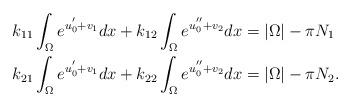
LaTeX: \begin{align*}k_{11}\int_{\Omega}{e^{u_0^{'}+v_1}}dx+k_{12}\int_{\Omega}{e^{u_0^{''}+v_2}}dx&=|\Omega|-\pi N_1\\k_{21}\int_{\Omega}{e^{u_0^{'}+v_1}}dx+k_{22}\int_{\Omega}{e^{u_0^{''}+v_2}}dx&=|\Omega|-\pi N_2.\end{align*}